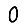
Digit: 0